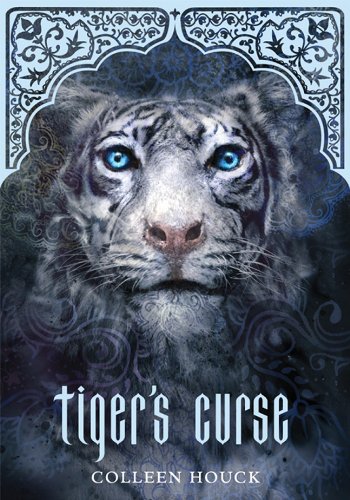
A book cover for Tiger's Curse (Book 1 in the Tiger's Curse Series); Colleen Houck; Children's Books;